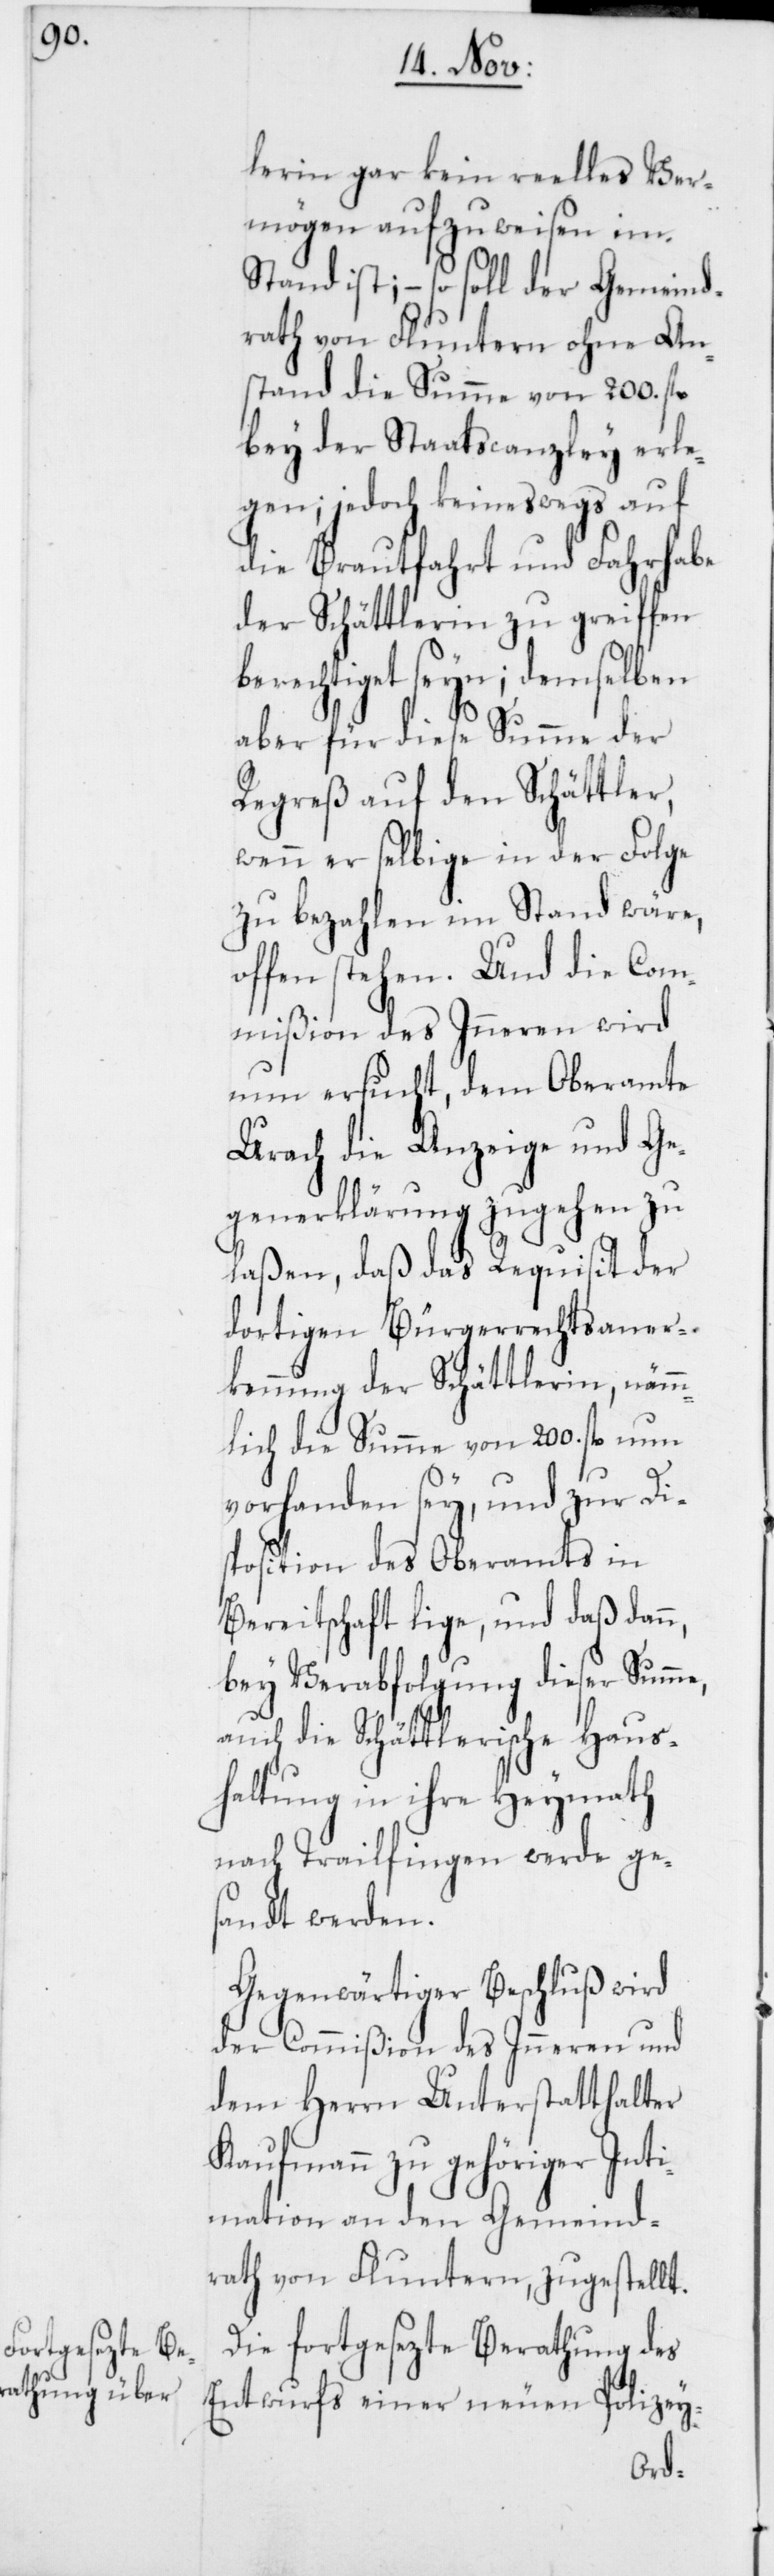
lerin gar kein reelles Ver¬
mögen aufzuweisen im
Stand ist; – so soll der Gemeind¬
rath von Fluntern ohne An¬
stand die Summe von 200. fl.
bey der Staatscanzley erle¬
gen; jedoch keineswegs auf
die Brautfahrt und Fahrhabe
der Schättlerin zu greiffen
berechtiget seyn; demselben
aber für diese Summe der
Regreß auf den Schättler,
wenn er selbige in der Folge
zu bezahlen im Stand wäre,
offen stehen. Und die Com¬
mißion des Inneren wird
nun ersucht, dem Oberamte
Urach die Anzeige und Ge¬
generklärung zugehen zu
laßen, daß das Requisit der
dortigen Bürgerrechtsaner¬
kennung der Schättlerin, nämm¬
lich die Summe von 200. fl. nun
vorhanden sey, und zur Di¬
sposition des Oberamts in
Bereitschaft lige, und daß dann,
bey Verabfolgung dieser Summe,
auch die Schättlerische Haus¬
haltung in ihre Heymath
nach Trailfingen werde ges¬
andt werden.
Gegenwärtiger Beschluß wird
der Commißion des Inneren und
dem Herrn Unterstatthalter
Kaufmann zu gehöriger Inti¬
mation an den Gemeind¬
rath von Fluntern, zugestellt.
Die fortgesezte Berathung des
Entwurfs einer neuen Polizey-